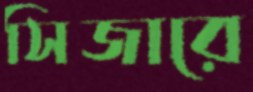
সিজারে